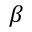
\beta